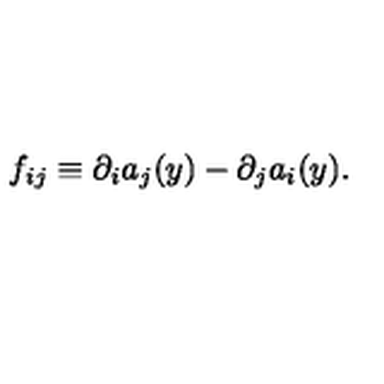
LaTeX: f _ { i j } \equiv \partial _ { i } a _ { j } ( y ) - \partial _ { j } a _ { i } ( y ) .